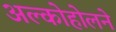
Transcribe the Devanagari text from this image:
अल्कोहोलने